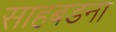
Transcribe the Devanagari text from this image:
साहबडना